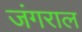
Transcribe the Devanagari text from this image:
जंगराल